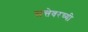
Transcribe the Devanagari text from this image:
सत्तेवरच्यी